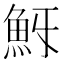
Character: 𩵯